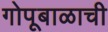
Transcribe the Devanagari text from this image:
गोपूबाळाची